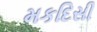
મકદિસી